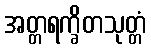
အတ္တရက္ခိတသုတ္တံ